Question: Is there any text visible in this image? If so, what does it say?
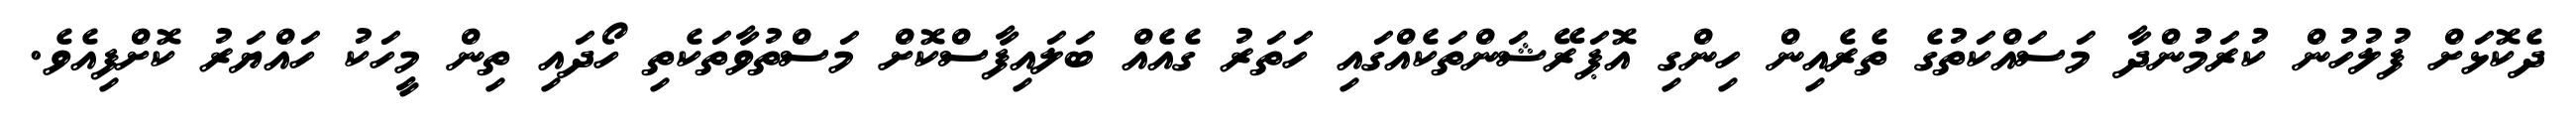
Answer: ދެކޮޅަށް ފުލުހުން ކުރަމުުންދާ މަސައްކަތުގެ ތެރެއިން ހިންގި އޮޕަރޭޝަންތަކެއްގައި ހަތަރު ގެއެއް ބަލައިފާސްކޮށް މަސްތުވާތަކެތި ހޯދައި ތިން މީހަކު ހައްޔަރު ކޮށްފިއެވެ.